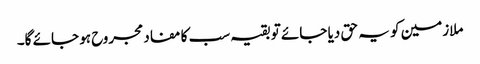
ملازمین کو یہ حق دیا جائے تو بقیہ سب کا مفاد مجروح ہو جائے گا۔